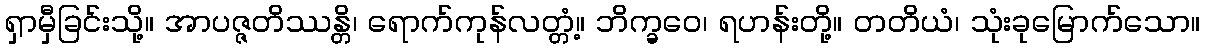
ရှာမှီခြင်းသို့။ အာပဇ္ဇတိဿန္တိ၊ ရောက်ကုန်လတ္တံ့။ ဘိက္ခဝေ၊ ရဟန်းတို့။ တတိယံ၊ သုံးခုမြောက်သော။